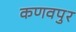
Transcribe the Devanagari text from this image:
कणवपुर